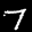
Label: 7